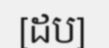
[ដប]